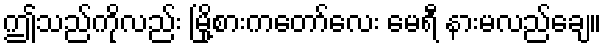
ဤသည်ကိုလည်း မြို့စားကတော်လေး မေရီ နားမလည်ချေ။